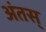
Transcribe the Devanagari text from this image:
अंतस्